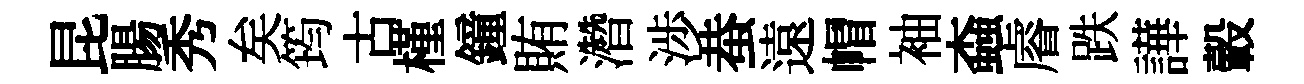
昆腸秀矣筠古槿鐘賄濳渉蛬遠帽袖螙𥈠跌譁轂